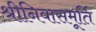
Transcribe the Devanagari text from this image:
श्रीनिवासमूर्ति